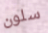
سلون